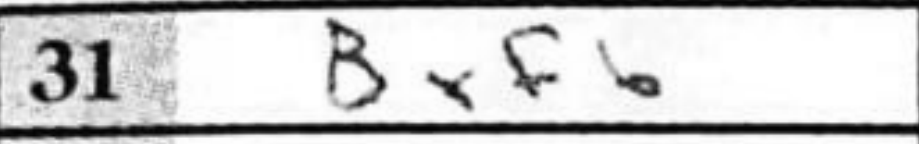
Transcription: Bxf6